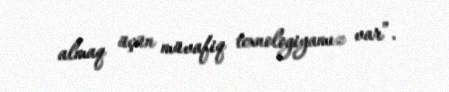
almaq üçün müvafiq texnologiyamız var”.